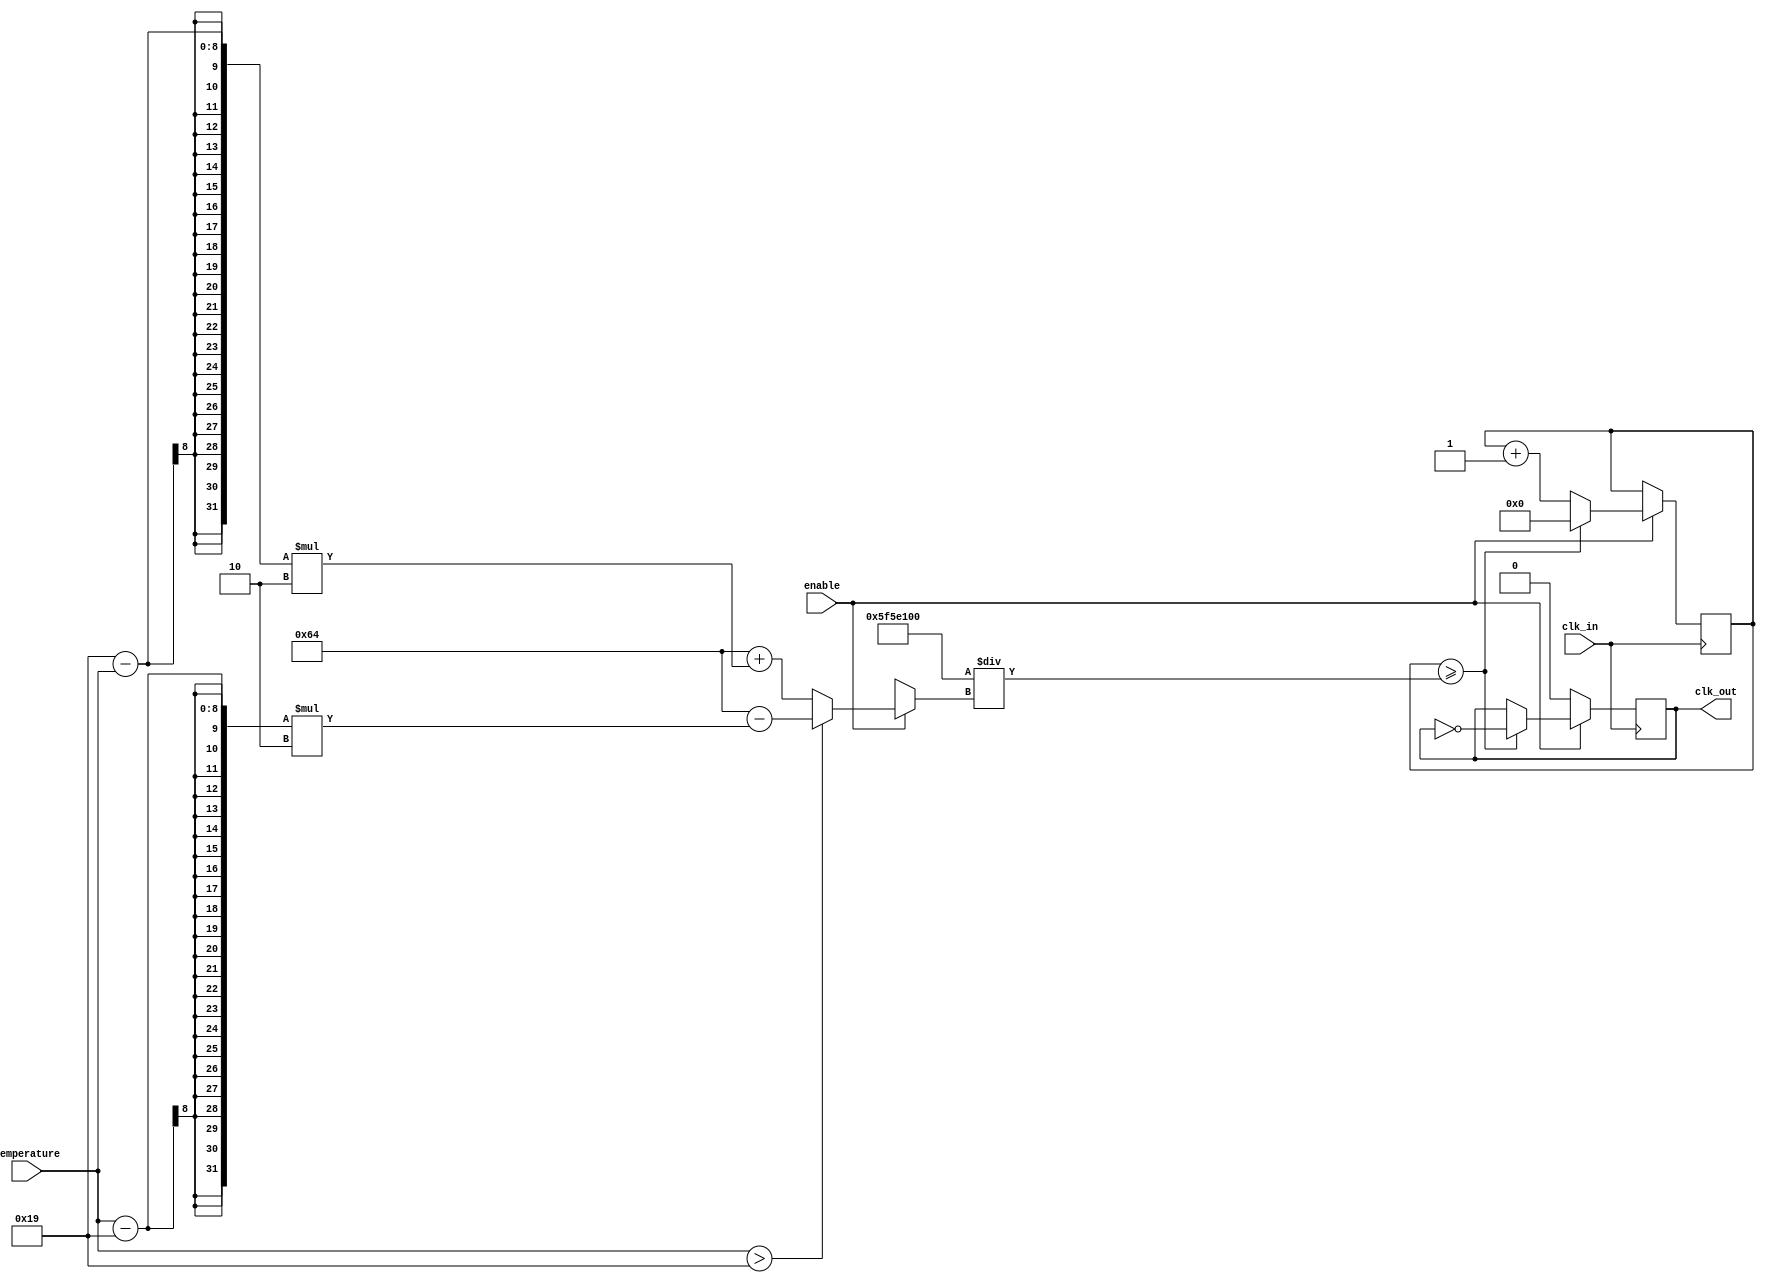
module temp_compensated_clock_buffer (
    input wire clk_in,                // Input clock from high-frequency oscillator
    input wire [7:0] temperature,     // Temperature input (e.g., from a sensor)
    input wire enable,                // Enable signal for the buffer
    output reg clk_out                // Compensated clock output
);

    // Parameters for compensation (example values)
    parameter BASE_FREQ = 100;        // Base frequency in MHz
    parameter TEMP_THRESHOLD = 25;     // Example temperature threshold in degrees Celsius
    parameter TEMP_COMPENSATION_FACTOR = 2; // Compensation factor for frequency adjustment

    reg [7:0] adjusted_freq;          // Adjusted frequency based on temperature
    reg [31:0] counter;                // Counter for clock generation

    // Clock generation process
    always @(posedge clk_in) begin
        if (enable) begin
            // Adjust frequency based on temperature
            if (temperature > TEMP_THRESHOLD) begin
                adjusted_freq = BASE_FREQ - (temperature - TEMP_THRESHOLD) * TEMP_COMPENSATION_FACTOR;
            end else begin
                adjusted_freq = BASE_FREQ + (TEMP_THRESHOLD - temperature) * TEMP_COMPENSATION_FACTOR;
            end

            // Calculate the clock output period based on adjusted frequency
            counter <= counter + 1;
            if (counter >= (100000000 / adjusted_freq)) begin // Assuming clk_in is 100MHz
                clk_out <= ~clk_out; // Toggle output clock
                counter <= 0;
            end
        end else begin
            clk_out <= 0; // Disable clock output when not enabled
        end
    end

endmodule